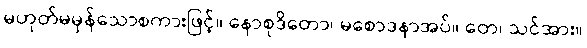
မဟုတ်မမှန်သောစကားဖြင့်။ နောစုဒိတော၊ မစောဒနာအပ်။ တေ၊ သင်အား။